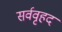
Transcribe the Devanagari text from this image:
सर्ववृहद